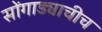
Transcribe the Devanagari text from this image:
सोंगाड्याचीच